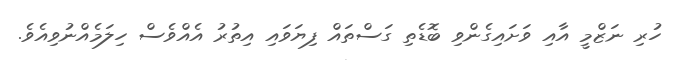
ހުރި ނަޒްމީ އާއި ވަށައިގެންވި ބޮޑެތި ގަސްތައް ފިޔަވައި އިތުރު އެއްވެސް ހިލަމެއްނުވިއެވެ.